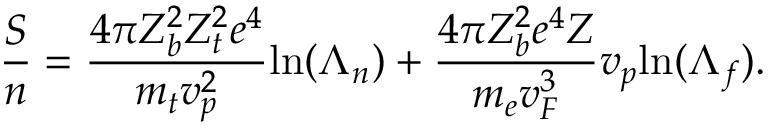
\frac { S } { n } = \frac { 4 \pi Z _ { b } ^ { 2 } Z _ { t } ^ { 2 } e ^ { 4 } } { m _ { t } v _ { p } ^ { 2 } } \mathrm { l n } ( \Lambda _ { n } ) + \frac { 4 \pi Z _ { b } ^ { 2 } e ^ { 4 } Z } { m _ { e } v _ { F } ^ { 3 } } v _ { p } \mathrm { l n } ( \Lambda _ { f } ) .